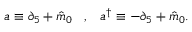
a \equiv \partial _ { 5 } + { \hat { m } } _ { 0 } \; \; \; , \; \; \; a ^ { \dagger } \equiv - \partial _ { 5 } + { \hat { m } } _ { 0 } .